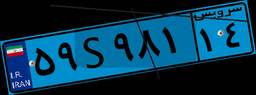
۴۱S۷۰۹۰۵